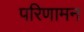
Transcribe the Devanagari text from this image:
परिणामन